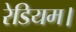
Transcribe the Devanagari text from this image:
रेडियम।